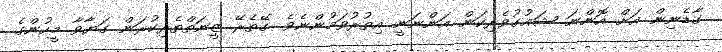
ގާޑެނިން އަށް އޮންނަ ޝައުގުވެރިކަން އަންނަނީ އިތުރުވަމުންނެވެ. ގޭތެރޭ ޒީނަތްތެރިކުރަން ގަޔާވާ މީހުންގެ